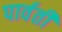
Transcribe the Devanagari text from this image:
पार्वतीं